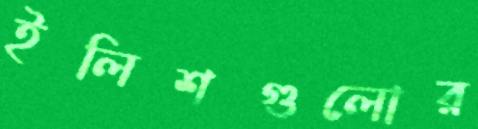
ইলিশগুলোর